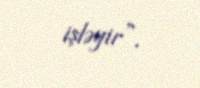
işləyir”.